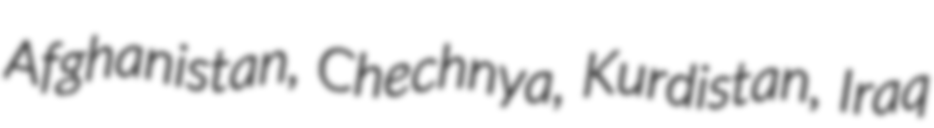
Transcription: Afghanistan, Chechnya, Kurdistan, Iraq